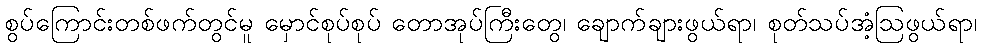
စွပ်ကြောင်းတစ်ဖက်တွင်မူ မှောင်စုပ်စုပ် တောအုပ်ကြီးတွေ၊ ချောက်ချားဖွယ်ရာ၊ စုတ်သပ်အံ့ဩဖွယ်ရာ၊